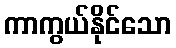
ကာကွယ်နိုင်သော